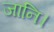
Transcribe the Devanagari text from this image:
जानि।